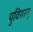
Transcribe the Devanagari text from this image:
पुवियरसु